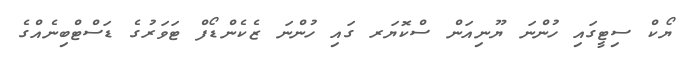
ޔޯކް ސިޓީގައި ހުންނަ ޔޫނިއަން ސްކޮޔަރ ގައި ހުންނަ ޒެކެންޑޯފް ޓަވަރުގެ ޑަސްޓްބިނެއްގެ